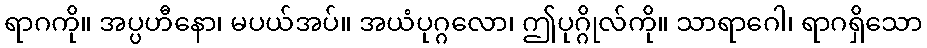
ရာဂကို။ အပ္ပဟီနော၊ မပယ်အပ်။ အယံပုဂ္ဂလော၊ ဤပုဂ္ဂိုလ်ကို။ သာရာဂေါ၊ ရာဂရှိသော